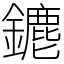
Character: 䥝